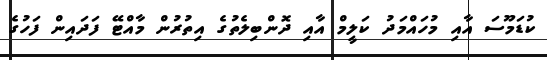
ކުޑަމޫސަ އާއި މުހައްމަދު ކަލީމް އާއި ދޮންބިލެތުގެ އިތުރުން މާއްޓޭ ފަދައިން ފަހުގެ